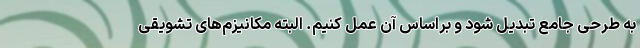
به طرحی جامع تبدیل شود و براساس آن عمل کنیم. البته مکانیزم‌های تشویقی